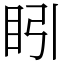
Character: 䀕